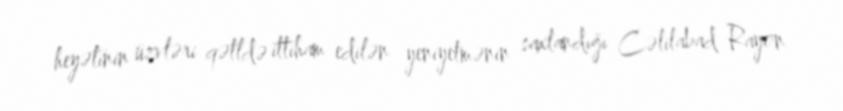
heyətinin üzvləri qətldə ittiham edilən yeniyetmənin saxlandığı Cəlilabad Rayon